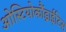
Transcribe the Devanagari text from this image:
ओस्टियोकौंड्राईटिस